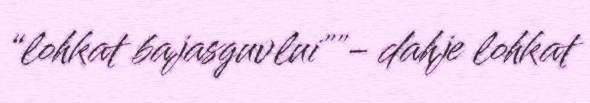
“lohkat bajasguvlui""- dahje lohkat